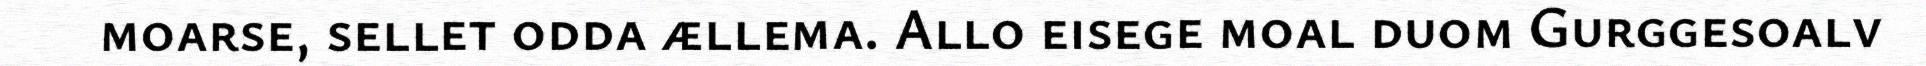
moarse, sellet odda ællema. Allo eisege moal duom Gurggesoalv